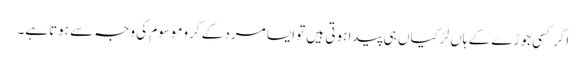
اگر کسی جوڑے کے ہاں لڑکیاں ہی پیدا ہوتی ہیں تو ایسا مرد کے کروموسوم کی وجہ سے ہوتاہے۔